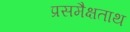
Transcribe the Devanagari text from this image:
प्रसमैक्षताथ